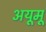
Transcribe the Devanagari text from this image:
अयूमू